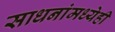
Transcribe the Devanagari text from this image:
साधनांमध्येही